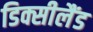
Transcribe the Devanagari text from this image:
डिक्सीलैंड